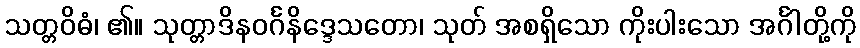
သတ္တဝိဓံ၊ ၏။ သုတ္တာဒိနဝင်္ဂနိဒ္ဒေသတော၊ သုတ် အစရှိသော ကိုးပါးသော အင်္ဂါတို့ကို